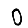
Digit: 0